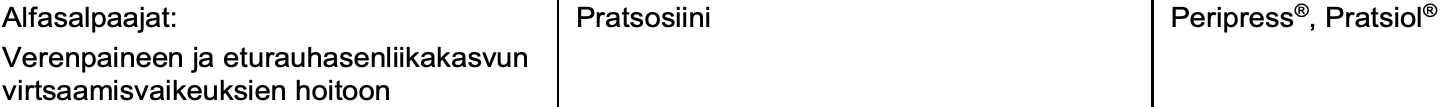
Alfasalpaajat:     Pratsosiini         Peripress®, Pratsiol® Verenpaineen ja eturauhasenliikakasvun virtsaamisvaikeuksien hoitoon